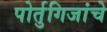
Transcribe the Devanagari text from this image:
पोर्तुगिजांचे